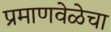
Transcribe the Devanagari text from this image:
प्रमाणवेळेचा